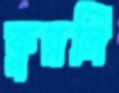
কুরলি